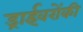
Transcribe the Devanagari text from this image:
ड्राईवरोंकी